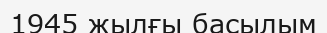
1945 жылғы басылым